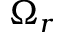
\Omega _ { r }